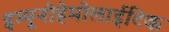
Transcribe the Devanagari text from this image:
इम्यूनोहेमोलाईटिक